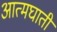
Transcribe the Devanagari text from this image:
अात्मघाती